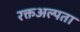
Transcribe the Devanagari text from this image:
रक्तअल्पता